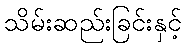
သိမ်းဆည်းခြင်းနှင့်